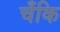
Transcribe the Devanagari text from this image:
चँकि